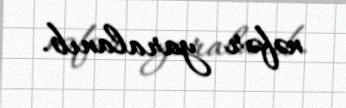
nəfər yaralanıb.